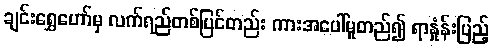
ချင်းရွှေဟော်မှ လက်ရည်တစ်ပြင်တည်း ကားအပေါ်မူတည်၍ ရာနှုံန်းပြည့်